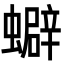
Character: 𧓄